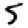
Digit: 5